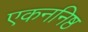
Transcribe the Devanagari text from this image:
एकननिष्ठ